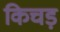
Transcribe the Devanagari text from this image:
किचड़